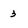
Character: 3